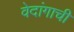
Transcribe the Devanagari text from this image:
वेदांगाची